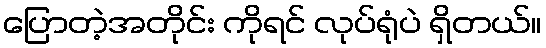
ပြောတဲ့အတိုင်း ကိုရင် လုပ်ရုံပဲ ရှိတယ်။